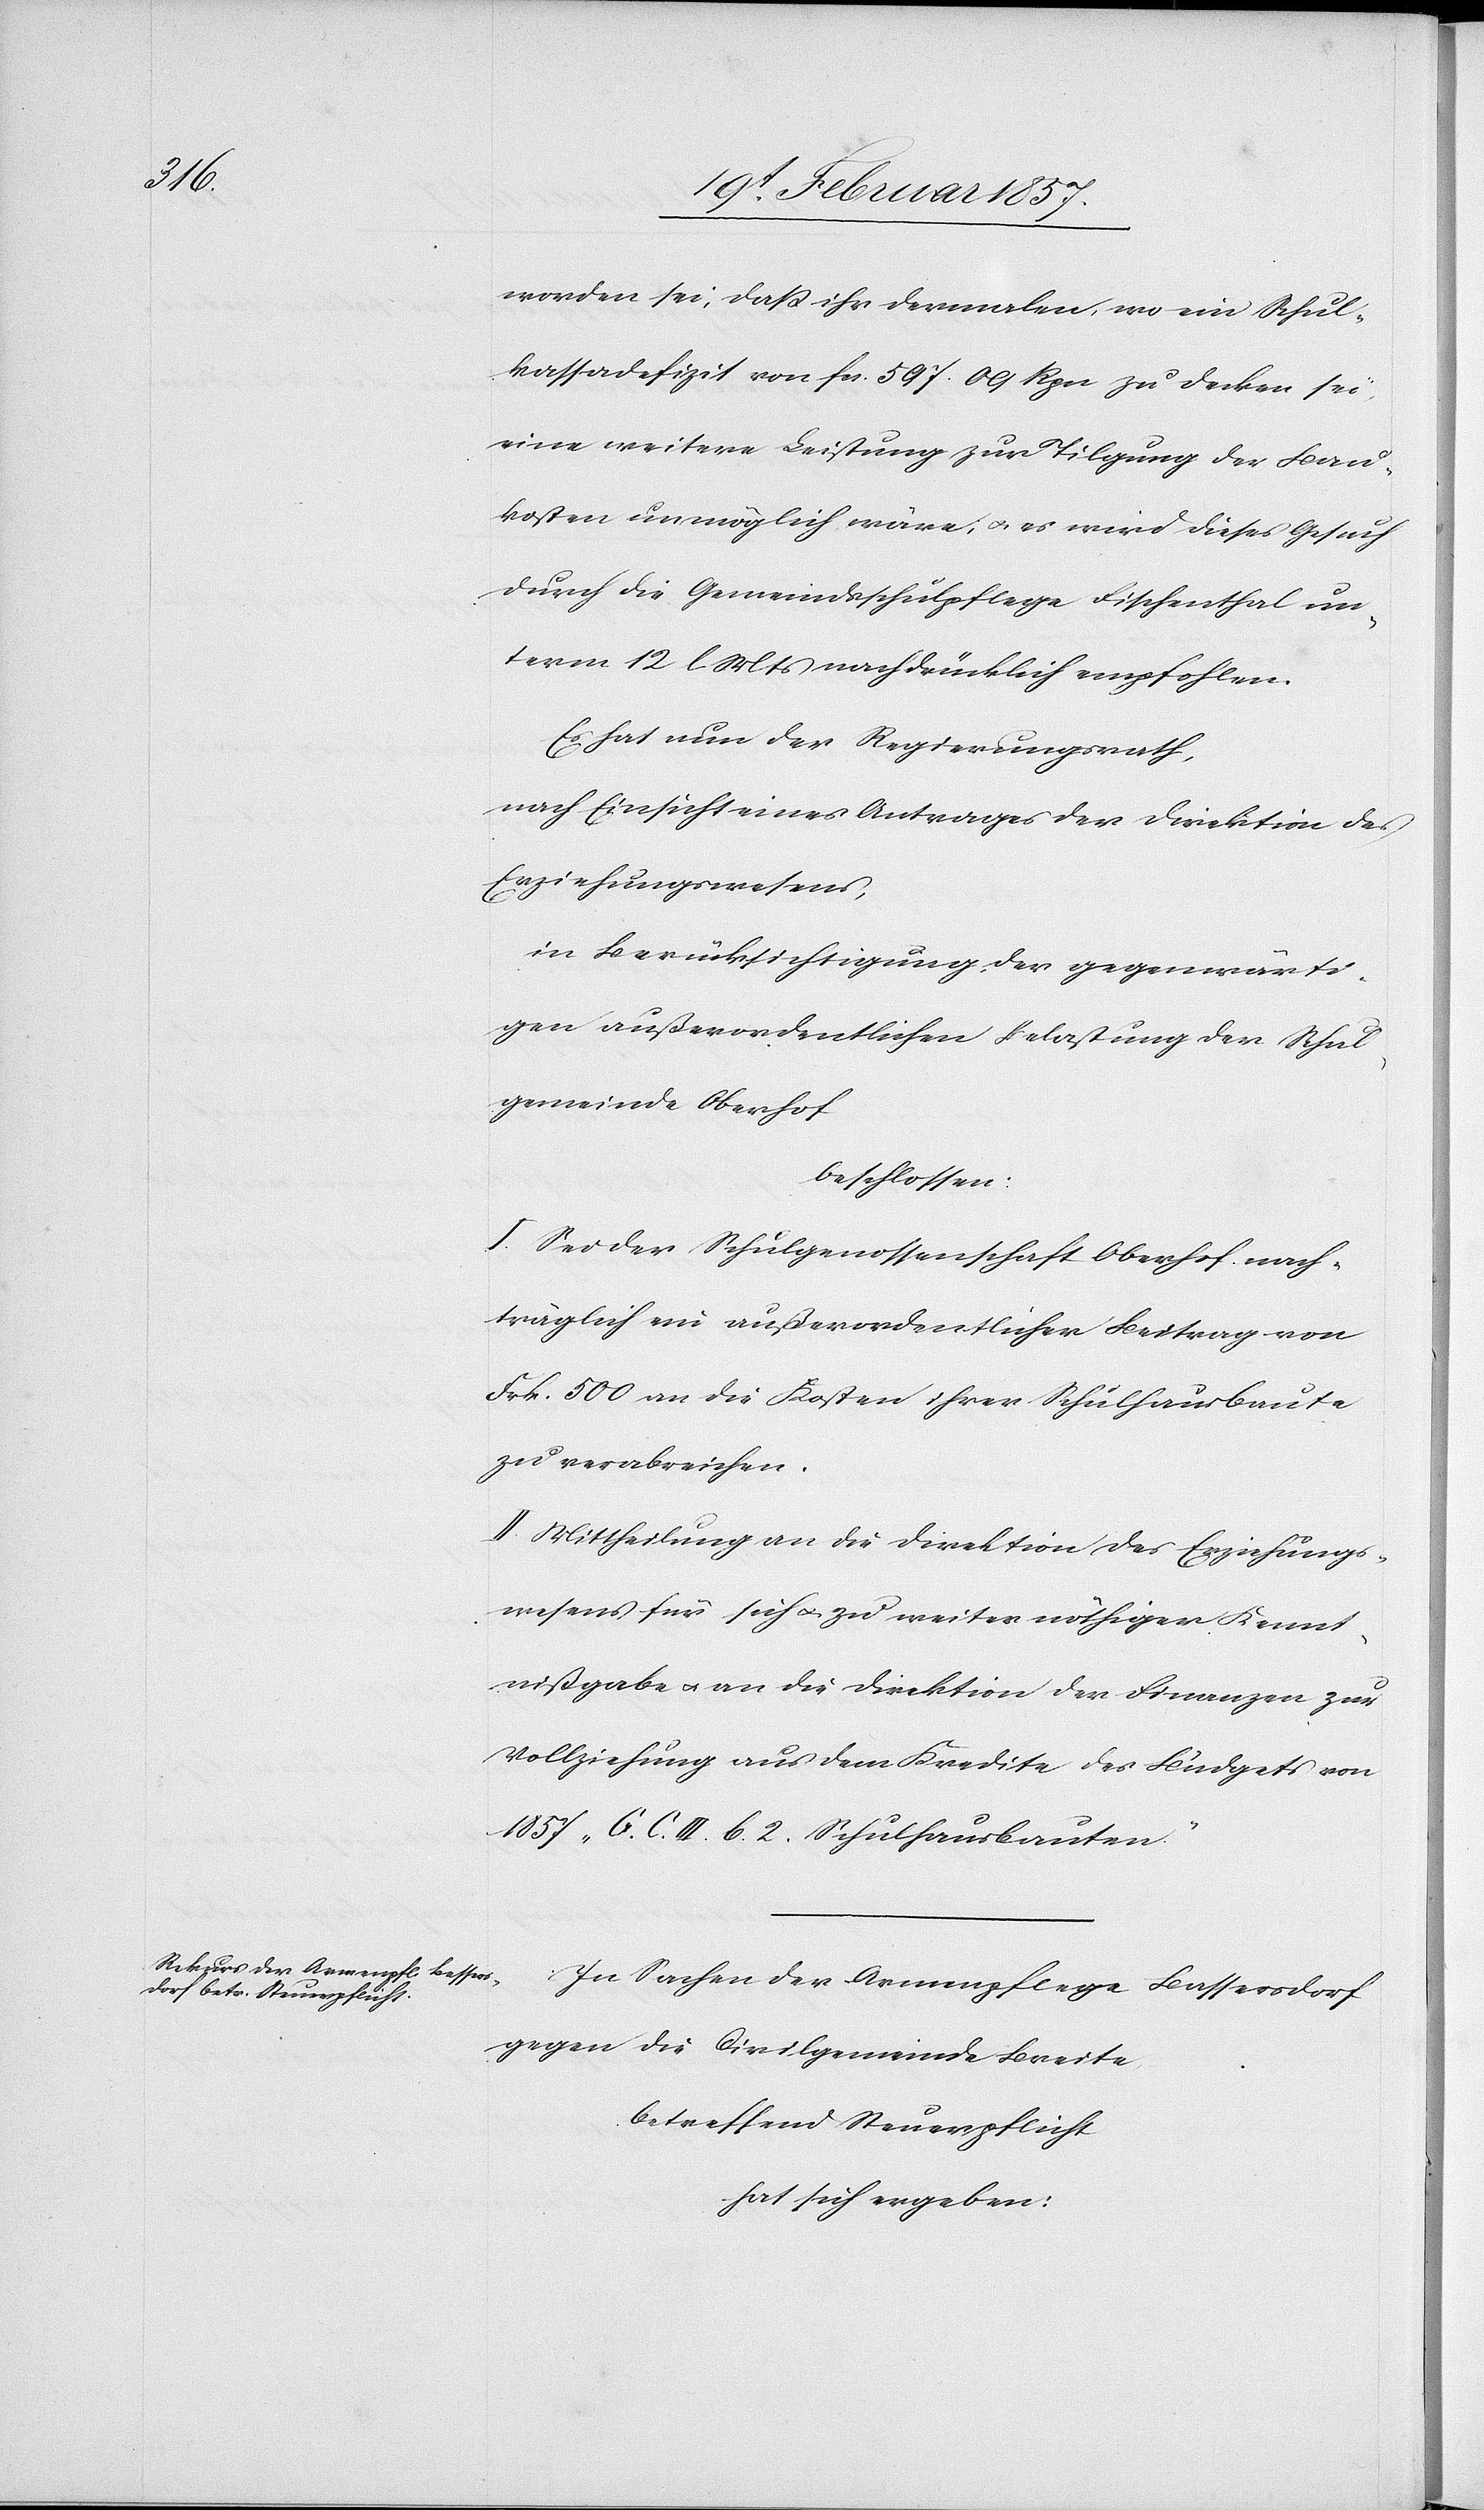
worden sei, daß ihr dermalen, wo ein Schul¬
kassadefizit von fr. 597. 09 Rpn zu decken sei
eine weitere Leistung zur Tilgung der Bau¬
kosten unmöglich wäre; u. es wird dieses Gesuch
durch die Gemeindsschulpflege Fischenthal un¬
term 12 l. Mts nachdrücklich empfohlen.
Es hat nun der Regierungsrath,
nach Einsicht eines Antrages der Direktion des
Erziehungswesens,
in Berücksichtigung, der gegenwärti¬
gen außerordentlichen Belastung der Schul¬
gemeinde Oberhof
beschlossen:
I. Sei der Schulgenossenschaft Oberhof nach¬
träglich ein außerordentlicher Beitrag von
Frk. 500 an die Kosten ihrer Schulhausbaute
zu verabreichen.
II. Mittheilung an die Direktion des Erziehungs¬
wesens für sich u. zu weiter nöthiger Kennt¬
nißgabe u. an die Direktion der Finanzen zur
Vollziehung aus dem Kredite des Budgets von
1857 „G. C. III. 6. 2. Schulhausbauten“.
In Sachen der Armenpflege Bassersdorf
gegen die Civilgemeinde Breite
betreffend Steuerpflicht
hat sich ergeben: